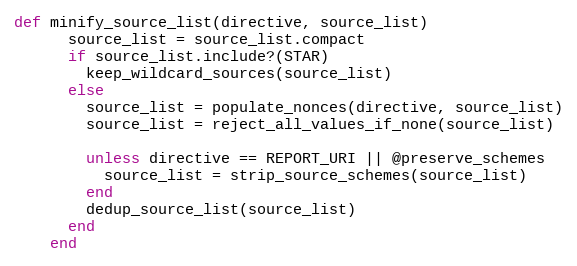
Language: Ruby
def minify_source_list(directive, source_list)
      source_list = source_list.compact
      if source_list.include?(STAR)
        keep_wildcard_sources(source_list)
      else
        source_list = populate_nonces(directive, source_list)
        source_list = reject_all_values_if_none(source_list)

        unless directive == REPORT_URI || @preserve_schemes
          source_list = strip_source_schemes(source_list)
        end
        dedup_source_list(source_list)
      end
    end